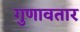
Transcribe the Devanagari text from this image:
गुणावतार